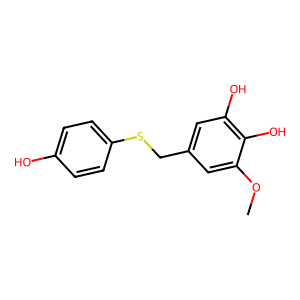
SMILES: COc1cc(CSc2ccc(O)cc2)cc(O)c1O
Inhibits HIV replication: No